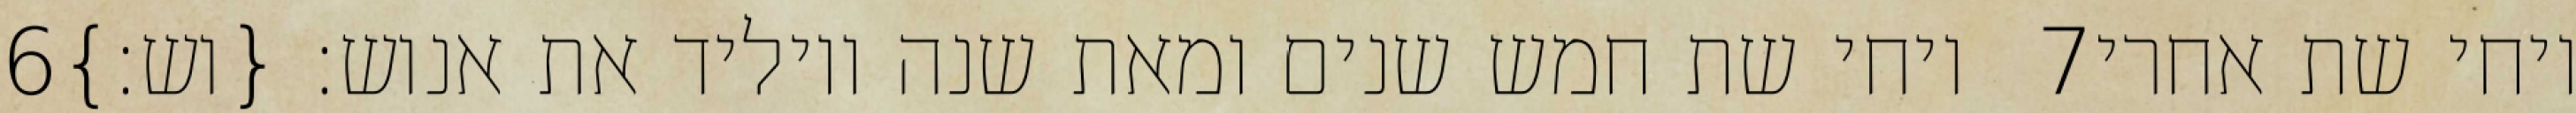
‎6‏ ויחי שת חמש שנים ומאת שנה ויוליד את אנוש׃ {וש׃} ‎7‏ ויחי שת אחרי